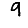
Digit: 9